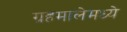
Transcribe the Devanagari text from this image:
ग्रहमालेमध्ये